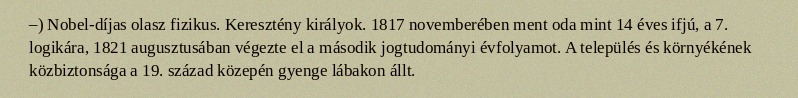
–) Nobel-díjas olasz fizikus. Keresztény királyok. 1817 novemberében ment oda mint 14 éves ifjú, a 7. logikára, 1821 augusztusában végezte el a második jogtudományi évfolyamot. A település és környékének közbiztonsága a 19. század közepén gyenge lábakon állt.